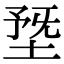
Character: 𡍳